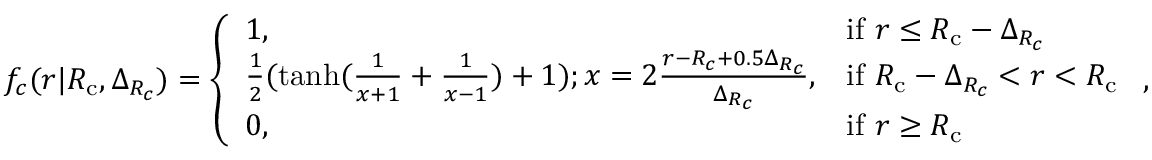
f _ { c } ( r | { R _ { \mathrm { c } } } , \Delta _ { R _ { c } } ) = \left\{ \begin{array} { l l } { 1 , } & { \mathrm { i f ~ } r \leq { R _ { \mathrm { c } } } - \Delta _ { R _ { c } } } \\ { \frac { 1 } { 2 } ( \operatorname { t a n h } ( \frac { 1 } { x + 1 } + \frac { 1 } { x - 1 } ) + 1 ) ; x = 2 \frac { r - R _ { c } + 0 . 5 \Delta _ { R _ { c } } } { \Delta _ { R _ { c } } } , } & { \mathrm { i f ~ } { R _ { \mathrm { c } } } - \Delta _ { R _ { c } } < r < { R _ { \mathrm { c } } } } \\ { 0 , } & { \mathrm { i f ~ } r \geq { R _ { \mathrm { c } } } } \end{array} \right. \mathrm { , }